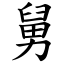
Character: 舅